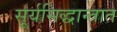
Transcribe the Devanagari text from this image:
सूर्यसिद्धान्तात